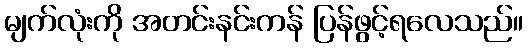
မျက်လုံးကို အတင်းနင်းကန် ပြန်ဖွင့်ရလေသည်။